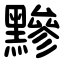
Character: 黲